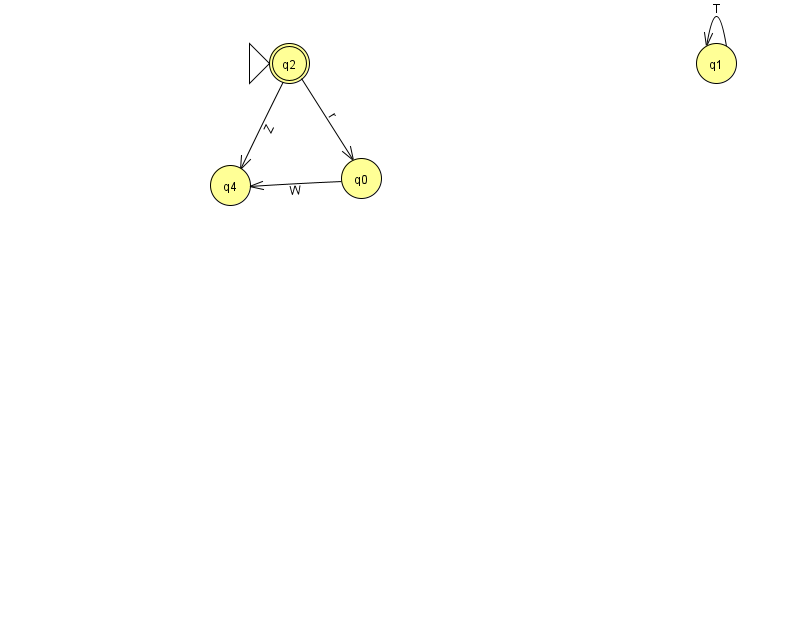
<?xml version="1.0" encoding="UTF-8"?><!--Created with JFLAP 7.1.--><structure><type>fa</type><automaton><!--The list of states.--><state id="0" name="q0"><x>361.0</x><y>165.0</y></state><state id="1" name="q1"><x>716.0</x><y>50.0</y></state><state id="2" name="q2"><x>289.0</x><y>50.0</y><initial/><final/></state><state id="4" name="q4"><x>230.0</x><y>172.0</y></state><!--The list of transitions.--><transition><from>0</from><to>4</to><read>W</read></transition><transition><from>2</from><to>4</to><read>Z</read></transition><transition><from>1</from><to>1</to><read>T</read></transition><transition><from>2</from><to>0</to><read>r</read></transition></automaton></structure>